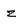
Character: z